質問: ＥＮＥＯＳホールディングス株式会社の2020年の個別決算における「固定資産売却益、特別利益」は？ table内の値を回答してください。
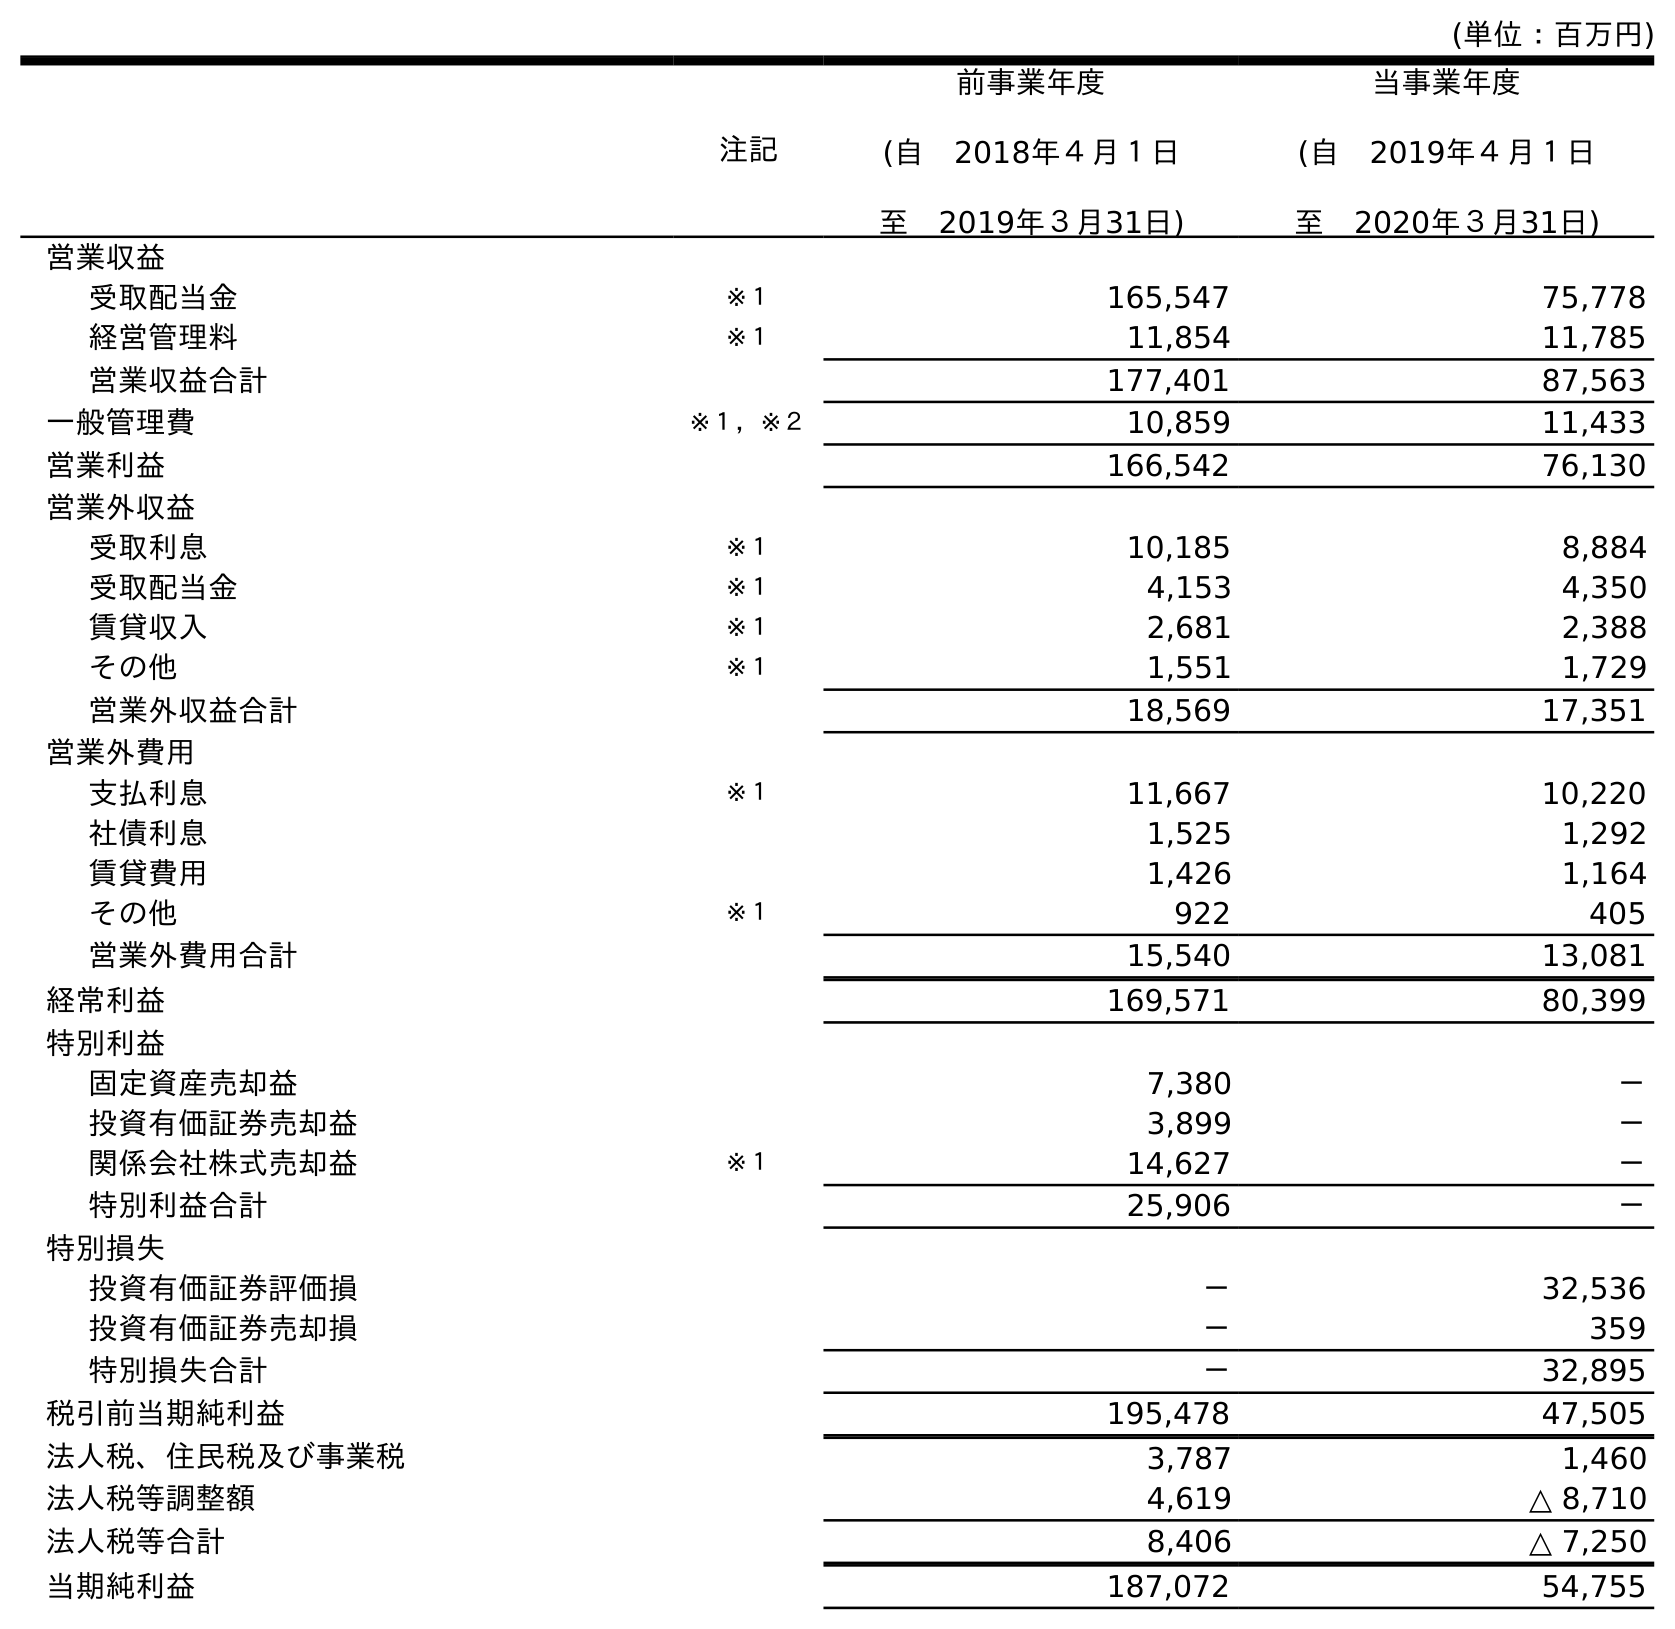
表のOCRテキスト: (単位：百万円) 注記 前事業年度 (自 2018年４月１日 至 2019年３月31日) 当事業年度 (自 2019年４月１日 至 2020年３月31日) 営業収益 受取配当金 ※１ 165,547 75,778 経営管理料 ※１ 11,854 11,785 営業収益合計 177,401 87,563 一般管理費 ※１，※２ 10,859 11,433 営業利益 166,542 76,130 営業外収益 受取利息 ※１ 10,185 8,884 受取配当金 ※１ 4,153 4,350 賃貸収入 ※１ 2,681 2,388 その他 ※１ 1,551 1,729 営業外収益合計 18,569 17,351 営業外費用 支払利息 ※１ 11,667 10,220 社債利息 1,525 1,292 賃貸費用 1,426 1,164 その他 ※１ 922 405 営業外費用合計 15,540 13,081 経常利益 169,571 80,399 特別利益 固定資産売却益 7,380 － 投資有価証券売却益 3,899 － 関係会社株式売却益 ※１ 14,627 － 特別利益合計 25,906 － 特別損失 投資有価証券評価損 － 32,536 投資有価証券売却損 － 359 特別損失合計 － 32,895 税引前当期純利益 195,478 47,505 法人税、住民税及び事業税 3,787 1,460 法人税等調整額 4,619 △ 8,710 法人税等合計 8,406 △ 7,250 当期純利益 187,072 54,755
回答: －